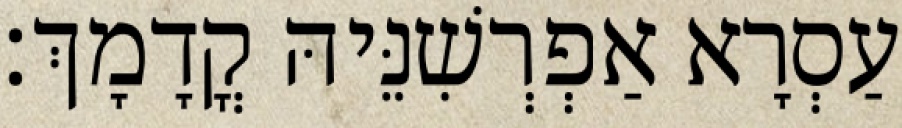
עַסְרָא אַפְרְשִׁנֵּיהּ קֳדָמָךְ׃